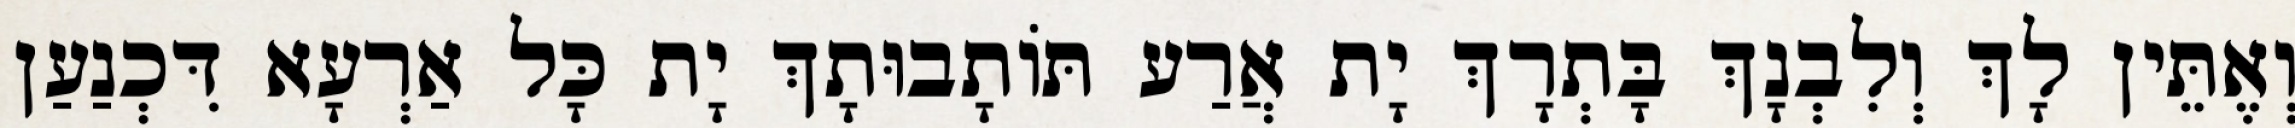
וְאֶתֵּין לָךְ וְלִבְנָךְ בָּתְרָךְ יָת אֲרַע תּוֹתָבוּתָךְ יָת כָּל אַרְעָא דִּכְנַעַן